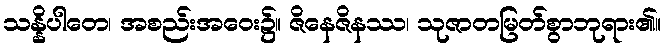
သန္နိပါတေ၊ အစည်းအဝေး၌။ ဇိနေဇိနဿ၊ သုဇာတမြတ်စွာဘုရား၏။